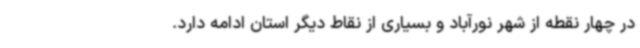
در چهار نقطه از شهر نورآباد و بسیاری از نقاط دیگر استان ادامه دارد.